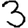
Digit: 3